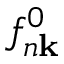
f _ { n \mathbf { k } } ^ { 0 }